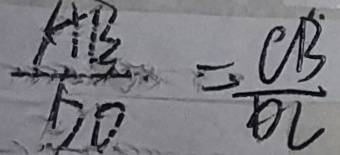
\frac { A B } { D O } = \frac { C \dot { B } } { O C }